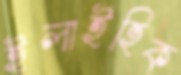
ইলাইহিক